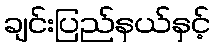
ချင်းပြည်နယ်နှင့်